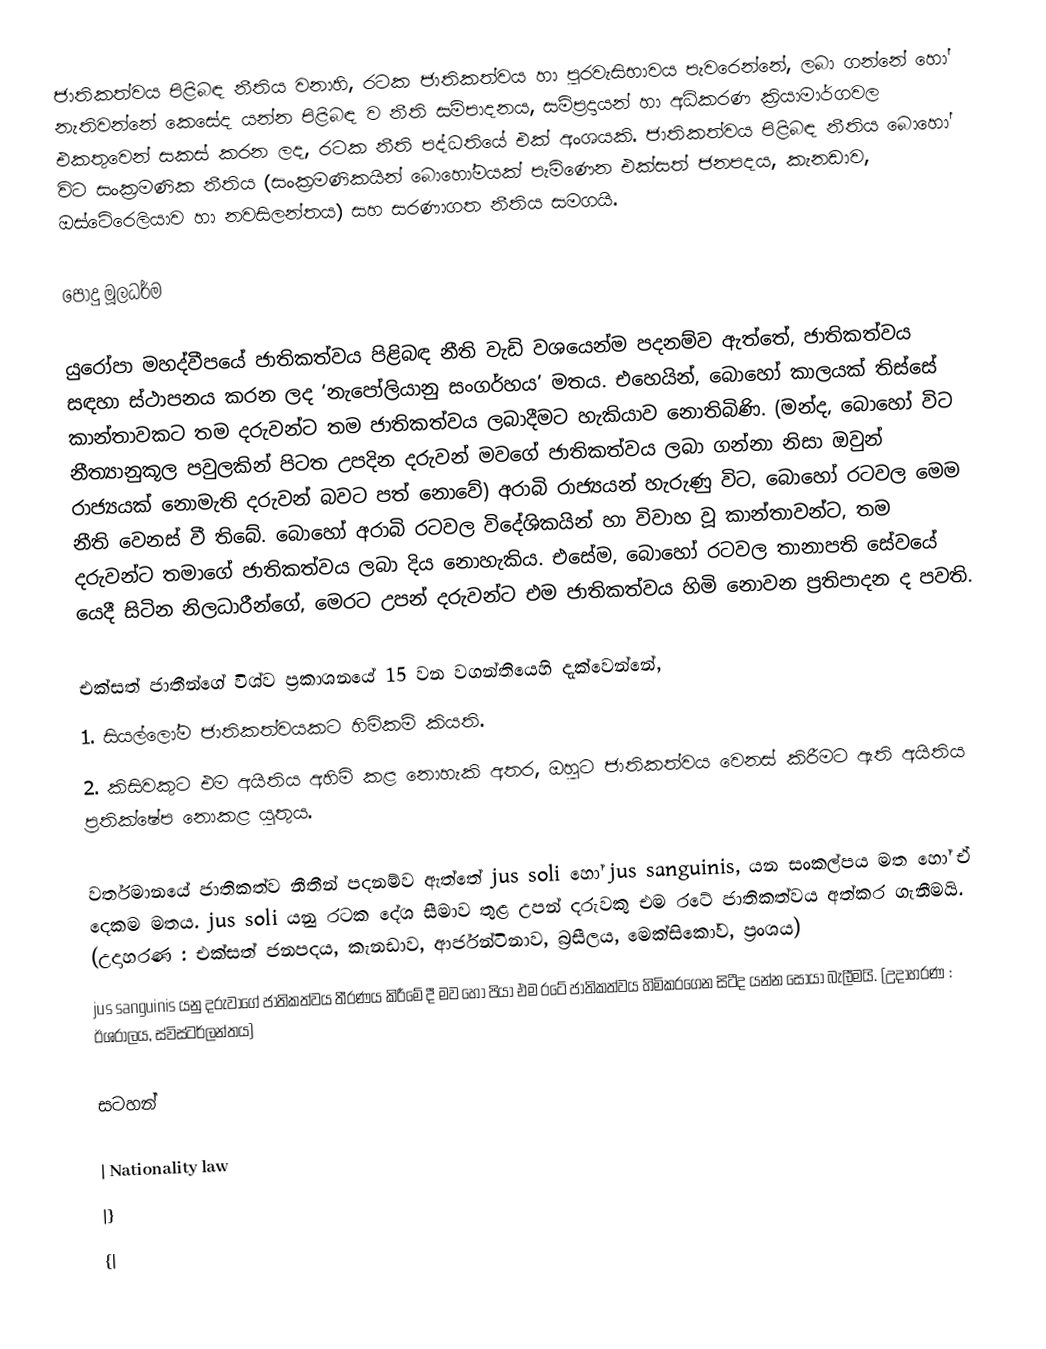
ජාතිකත්වය පිළිබඳ නීතිය වනාහි, රටක ජාතිකත්වය හා පුරවැසිභාවය පැවරෙන්නේ, ලබා ගන්නේ හෝ නැතිවන්නේ කෙසේද යන්න පිළිබඳ ව නීති සම්පාදනය, සම්ප්‍රදායන් හා අධිකරණ ක්‍රියාමාර්ගවල එකතුවෙන් සකස් කරන ලද, රටක නීති පද්ධතියේ එක් අංශයකි. ජාතිකත්වය පිළිබඳ නීතිය බොහෝ විට සංක්‍රමණික නීතිය (සංක්‍රමණිකයින් බොහෝමයක් පැමිණෙන එක්සත් ජනපදය, කැනඩාව, ඔස්ටේ‍රෙලියාව හා නවසිලන්තය) සහ සරණාගත නීතිය සමගයි.

පොදු මූලධර්ම

යුරෝපා මහද්වීපයේ ජාතිකත්වය පිළිබඳ නීති වැඩි වශයෙන්ම පදනම්ව ඇත්තේ, ජාතිකත්වය සඳහා ස්ථාපනය කරන ලද ‘නැපෝලියානු සංගර්හය’ මතය. එහෙයින්, බොහෝ කාලයක් තිස්සේ කාන්තාවකට තම දරුවන්ට තම ජාතිකත්වය ලබාදීමට හැකියාව නොතිබිණි. (මන්ද, බොහෝ විට නීත්‍යානුකූල පවුලකින් පිටත උපදින දරුවන් මවගේ ජාතිකත්වය ලබා ගන්නා නිසා ඔවුන් රාජ්‍යයක් නොමැති දරුවන් බවට පත් නොවේ) අරාබි රාජ්‍යයන් හැරුණු විට, බොහෝ රටවල මෙම නීති වෙනස් වී තිබේ. බොහෝ අරාබි රටවල විදේශිකයින් හා විවාහ වූ කාන්තාවන්ට, තම දරුවන්ට තමාගේ ජාතිකත්වය ලබා දිය නොහැකිය. එසේම, බොහෝ රටවල තානාපති සේවයේ යෙදී සිටින නිලධාරීන්ගේ, මෙරට උපන් දරුවන්ට එම ජාතිකත්වය හිමි නොවන ප්‍රතිපාදන ද පවති.

එක්සත් ජාතීන්ගේ විශ්ව ප්‍රකාශනයේ 15 වන වගන්තියෙහි දැක්වෙන්නේ,
1.	සියල්ලෝම ජාතිකත්වයකට හිමිකම් කියති.
2.	කිසිවකුට එම අයිතිය අහිමි කළ නොහැකි අතර, ඔහුට ජාතිකත්වය වෙනස් කිරීමට ඇති අයිතිය ප්‍රතික්ෂේප නොකළ යුතුය.

වර්තමානයේ ජාතිකත්ව නීතීන් පදනම්ව ඇත්තේ jus soli හෝ jus sanguinis, යන සංකල්පය මත හෝ ඒ දෙකම මතය. jus soli යනු රටක දේශ සීමාව තුළ උපන් දරුවකු එම රටේ ජාතිකත්වය අත්කර ගැනීමයි. (උදාහරණ : එක්සත් ජනපදය, කැනඩාව, ආර්ජන්ටිනාව, බ‍්‍රසීලය, මෙක්සිකෝව, ප‍්‍රංශය)
jus sanguinis යනු දරුවාගේ ජාතිකත්වය තීරණය කිරීමේ දී මව හෝ පියා එම රටේ ජාතිකත්වය හිමිකරගෙන සිටීද යන්න සොයා බැලීමයි. (උදාහරණ : ඊශ‍්‍රාලය, ස්විස්ටර්ලන්තය)

සටහන්

| Nationality law
|}
{|